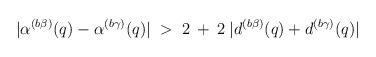
LaTeX: \begin{align*}|\alpha^{(b \beta)}(q) - \alpha^{(b \gamma)}(q)| \;>\;2 \:+\: 2 \:|d^{(b \beta)}(q) + d^{(b \gamma)}(q)| \end{align*}